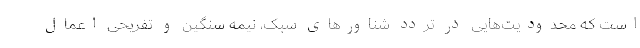
است که محدودیت‌هایی در تردد شناورهای سبک، نیمه سنگین و تفریحی اعمال